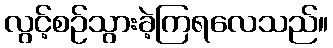
လွင့်စဉ်သွားခဲ့ကြရလေသည်။